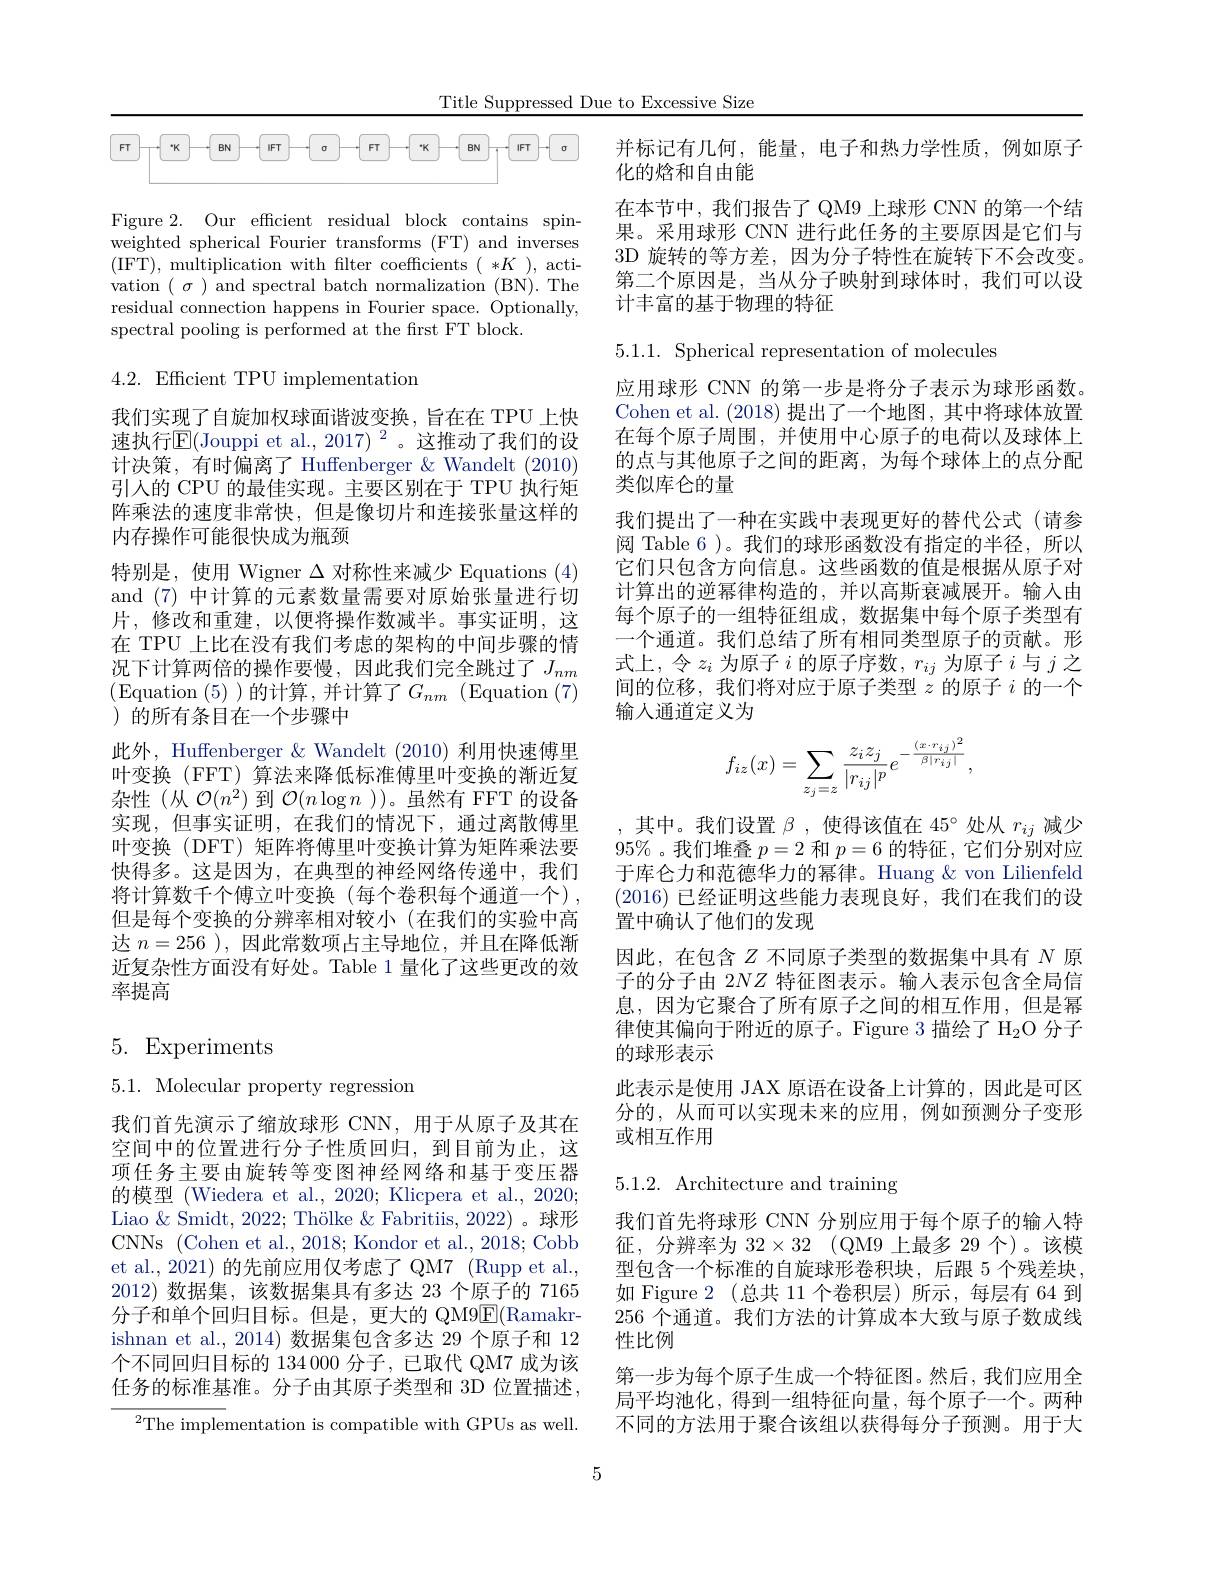
Title Suppressed Due to Excessive Size

<FigureHere>

Figure 2. Our efficient residual block contains spinweighted spherical Fourier transforms (FT) and inverses (IFT), multiplication with filter coefficients $(*K)$, activation $(\sigma)$ and spectral batch normalization (BN). The residual connection happens in Fourier space. Optionally, spectral pooling is performed at the first FT block.

4.2.Efficient TPU implementation

我们实现了自旋加权球面谐波变换，旨在在 TPU 上快速执行$\operatorname{E}($Jouppi et al.,2017)$^2$。这推动了我们的设计决策，有时偏离了 Huffenberger &Wandelt (2010) 引人的 CPU 的最佳实现。主要区别在于 TPU 执行矩阵乘法的速度非常快，但是像切片和连接张量这样的内存操作可能很快成为瓶颈
特别是，使用 Wigner $\Delta$对称性来减少 Equations (4) and (7) 中计算的元素数量需要对原始张量进行切片，修改和重建，以便将操作数减半。事实证明，这在 TPU 上比在没有我们考虑的架构的中间步骤的情况下计算两倍的操作要慢，因此我们完全跳过了$J_{nm}$ (Equation (5) )的计算，并计算了$G_nm$ (Equation (7) )的所有条目在一个步骤中
此外，Huffenberger & Wandelt (2010) 利用快速傅里叶变换(FFT) 算法来降低标准傅里叶变换的渐近复杂性(从$\mathcal{O}(n^2)$到$\mathcal{O}(n\log n$ ))。虽然有 FFT 的设备实现，但事实证明，在我们的情况下，通过离散傅里叶变换(DFT) 矩阵将傅里叶变换计算为矩阵乘法要快得多。这是因为，在典型的神经网络传递中，我们将计算数千个傅立叶变换(每个卷积每个通道一个), 但是每个变换的分辨率相对较小(在我们的实验中高达$n=256$ ),因此常数项占主导地位，并且在降低渐近复杂性方面没有好处。Table 1 量化了这些更改的效率提高

# 5. Experiments

5.1. Molecular property regression

我们首先演示了缩放球形 CNN,用于从原子及其在空间中的位置进行分子性质回归，到目前为止，这项任务主要由旋转等变图神经网络和基于变压器的模型 (Wiedera et al., 2020; Klicpera et al., 2020; Liao $\&$ Smidt, 2022; Thölke $\&$ Fabritiis, 2022) 。球形CNNs (Cohen et al., 2018; Kondor et al., 2018; Cobb et al., 2021) 的先前应用仅考虑了 QM7 (Rupp et al., 2012)数据集，该数据集具有多达 23 个原子的 7165分子和单个回归目标。但是，更大的 QM9$\overline{\mathrm{E}}($Ramakrishnan et al., 2014) 数据集包含多达 29 个原子和 12个不同回归目标的 134 000 分子，已取代 QM7 成为该任务的标准基准。分子由其原子类型和 3D 位置描述，

${}^{2}$The implementation is compatible with GPUs as well.

并标记有几何，能量，电子和热力学性质，例如原子
化的焓和自由能
在本节中，我们报告了 QM9 上球形 CNN 的第一个结果。采用球形 CNN 进行此任务的主要原因是它们与3D 旋转的等方差，因为分子特性在旋转下不会改变。第二个原因是，当从分子映射到球体时，我们可以设计丰富的基于物理的特征

5.1.1. Spherical representation of molecules

应用球形 CNN 的第一步是将分子表示为球形函数。Cohen et al. (2018) 提出了一个地图，其中将球体放置在每个原子周围，并使用中心原子的电荷以及球体上的点与其他原子之间的距离，为每个球体上的点分配类似库仑的量
我们提出了一种在实践中表现更好的替代公式 (请参阅 Table 6 )。我们的球形函数没有指定的半径，所以它们只包含方向信息。这些函数的值是根据从原子对计算出的逆幂律构造的，并以高斯衰减展开。输人由每个原子的一组特征组成，数据集中每个原子类型有一个通道。我们总结了所有相同类型原子的贡献。形式上，令$z_i$为原子$i$的原子序数，$r_ij$为原子$i$与$j$之间的位移，我们将对应于原子类型$z$的原子$i$的一个输人通道定义为
$$f_{iz}(x)=\sum_{z_j=z}\frac{z_iz_j}{|r_{ij}|^p}e^{-\frac{(x\cdot r_{ij})^2}{\beta|r_{ij}|}}\:,$$
,其中。我们设置$\beta$,使得该值在$45^\circ$处从$r_ij$减少$95\%$ 。我们堆叠$p=2$和$p=6$的特征，它们分别对应于库仑力和范德华力的幂律。Huang &von Lilienfeld (2016)已经证明这些能力表现良好，我们在我们的设置中确认了他们的发现
因此，在包含$Z$不同原子类型的数据集中具有$N$原子的分子由 2$NZ$特征图表示。输人表示包含全局信息，因为它聚合了所有原子之间的相互作用，但是幂律使其偏向于附近的原子。Figure 3 描绘了 H$_2$O 分子的球形表示
此表示是使用 JAX 原语在设备上计算的，因此是可区分的，从而可以实现未来的应用，例如预测分子变形或相互作用

# 5.1.2. Architecture and training

我们首先将球形 CNN 分别应用于每个原子的输入特征，分辨率为$32\times 32$ (QM9 上最多 29 个)。该模型包含一个标准的自旋球形卷积块，后跟 5 个残差块， 如 Figure 2 (总共 11 个卷积层)所示，每层有 64 到256 个通道。我们方法的计算成本大致与原子数成线性比例
第一步为每个原子生成一个特征图。然后，我们应用全局平均池化，得到一组特征向量，每个原子一个。两种不同的方法用于聚合该组以获得每分子预测。用于大

5